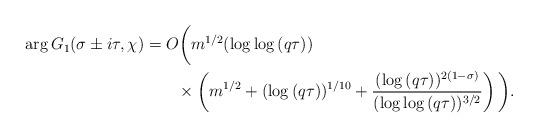
LaTeX: \begin{align*}\arg{G_1(\sigma\pm i\tau,\chi)} &= O\bigg( m^{1/2}(\log{\log{(q\tau)}}) \\&\quad\quad\times \left( m^{1/2} + (\log{(q\tau)})^{1/10} + \frac{(\log{(q\tau)})^{2(1-\sigma)}}{(\log{\log{(q\tau)}})^{3/2}}\right) \bigg).\end{align*}